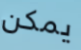
يمكن